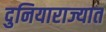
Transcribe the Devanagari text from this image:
दुनियाराज्यात